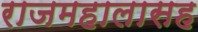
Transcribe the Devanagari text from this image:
राजमहालासह